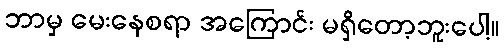
ဘာမှ မေးနေစရာ အကြောင်း မရှိတော့ဘူးပေါ့။